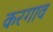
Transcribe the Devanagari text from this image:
करगाव